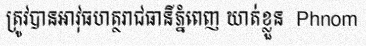
ត្រូវបានអាវុធហត្ថរាជធានីភ្នំពេញ ឃាត់ខ្លួន  Phnom